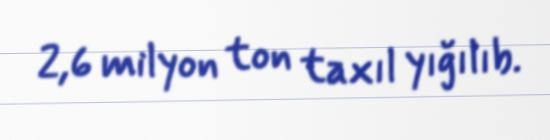
2,6 milyon ton taxıl yığılıb.